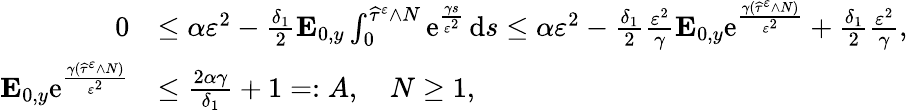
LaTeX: \begin{array}{rl}{0}&{\leq\alpha\varepsilon^{2}-\frac{\delta_{1}}{2}\mathbf{E}_{0,y}\int_{0}^{\widehat\tau^{\varepsilon}\wedge N}\mathrm{e}^{\frac{\gamma s}{\varepsilon^{2}}}\, \mathrm{d}s\leq\alpha\varepsilon^{2}-\frac{\delta_{1}}{2}\frac{\varepsilon^{2}}{\gamma}\mathbf{E}_{0,y}\mathrm{e}^{\frac{\gamma(\widehat\tau^{\varepsilon}\wedge N)}{\varepsilon^{2}}}+\frac{\delta_{1}}{2}\frac{\varepsilon^{2}}{\gamma},}\\ {\mathbf{E}_{0,y}\mathrm{e}^{\frac{\gamma(\widehat\tau^{\varepsilon}\wedge N)}{\varepsilon^{2}}}}&{\leq\frac{2\alpha\gamma}{\delta_{1}}+1=:A,\quad N\geq 1,}\end{array}